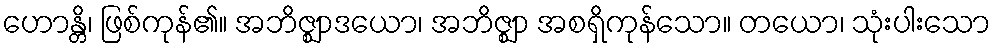
ဟောန္တိ၊ ဖြစ်ကုန်၏။ အဘိဇ္ဈာဒယော၊ အဘိဇ္ဈာ အစရှိကုန်သော။ တယော၊ သုံးပါးသော